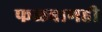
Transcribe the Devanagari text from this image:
फळबागही